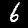
Label: 6